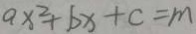
a x ^ { 2 } + b x + c = m